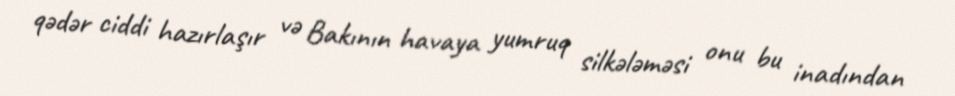
qədər ciddi hazırlaşır və Bakının havaya yumruq silkələməsi onu bu inadından